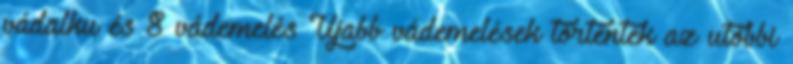
vádalku és 8 vádemelés Újabb vádemelések történtek az utóbbi